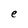
Character: e